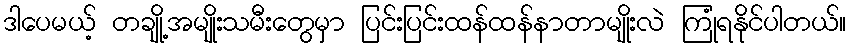
ဒါပေမယ့် တချို့အမျိုးသမီးတွေမှာ ပြင်းပြင်းထန်ထန်နာတာမျိုးလဲ ကြုံရနိုင်ပါတယ်။